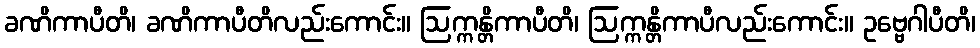
ခဏိကာပီတိ၊ ခဏိကာပီတိလည်းကောင်း။ ဩက္ကန္တိကာပီတိ၊ ဩက္ကန္တိကာပီလည်းကောင်း။ ဥဗ္ဗေဂါပီတိ၊